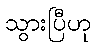
သွားပြီဟု